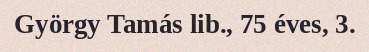
György Tamás lib., 75 éves, 3.